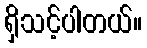
ရှိသင့်ပါတယ်။